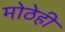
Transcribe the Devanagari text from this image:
मोठेही